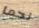
نجما